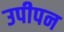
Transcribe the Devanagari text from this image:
उपीपन